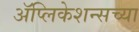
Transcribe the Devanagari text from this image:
ॲप्लिकेशन्सच्या